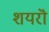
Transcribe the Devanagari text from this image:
शयरॊं